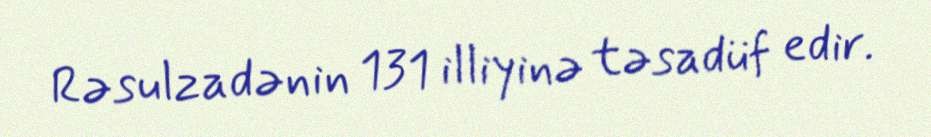
Rəsulzadənin 131 illiyinə təsadüf edir.